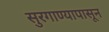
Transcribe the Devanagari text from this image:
सुरगाण्यापासून